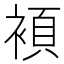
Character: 𮖗